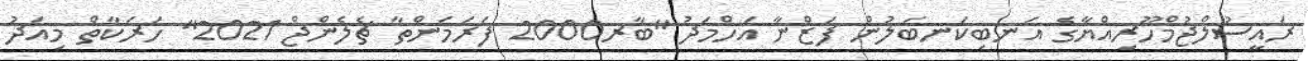
ރައީސުލްޖުމްހޫރިއްޔާގެ އަނބިކަނބަލުން ފަޒްނާ އަހްމަދު "ބާރ2000 ފަރަމަންތާ ޗެލެންޖް 2021" ހަރަކާތް މިއަދު